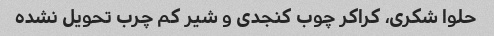
حلوا شکری، کراکر چوب کنجدی و شیر کم چرب تحویل نشده